Scottish Leaving Certificate Examination, 1958
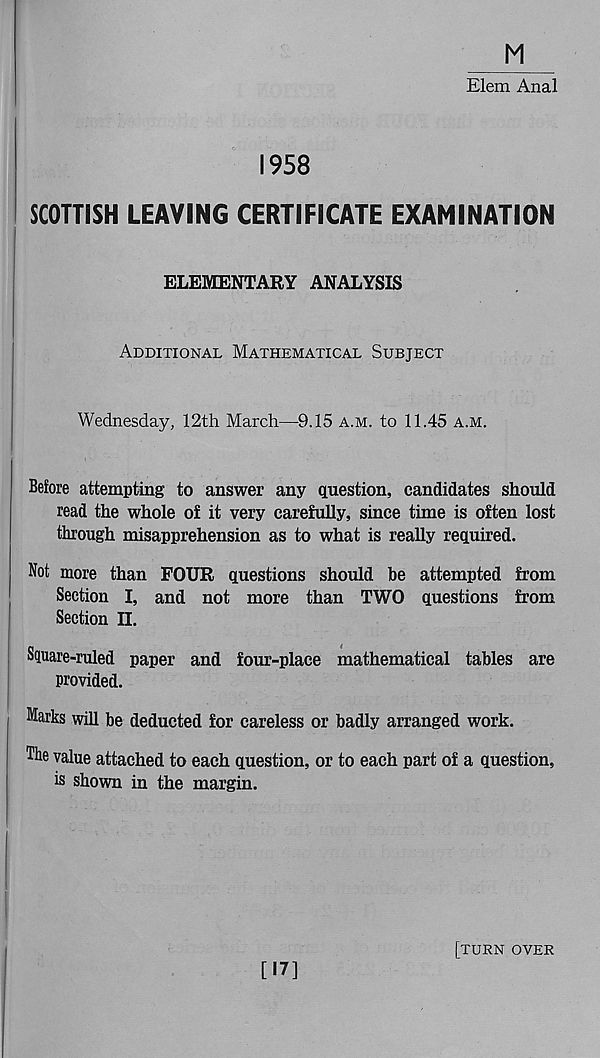
M
Elem Anal
1958
SCOTTISH LEAVING CERTIFICATE EXAMINATION
ELEMENTARY ANALYSIS
Additional Mathematical Subject
Wednesday, 12th March—9.15 a.m. to 11.45 a.m.
Before attempting to answer any question, candidates should
read the whole o£ it very carefully, since time is often lost
through misapprehension as to what is really required.
Not more than FOUR questions should be attempted from
Section I, and not more than TWO questions from
Section II.
Square-ruled paper and four-place mathematical tables are
provided.
Marks will be deducted for careless or badly arranged work.
The value attached to each question, or to each part of a question,
is shown in the margin.
[17]
[turn over